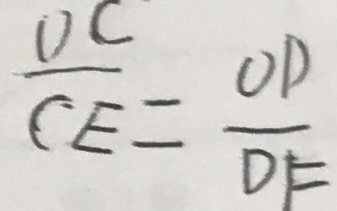
\frac { D C } { C E } = \frac { O D } { D F }